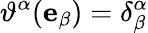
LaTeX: \vartheta^{\alpha}(\mathbf{e}_{\beta})=\delta_{\beta}^{\alpha}